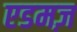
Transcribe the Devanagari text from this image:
एडमज़